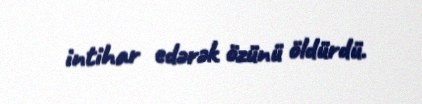
intihar edərək özünü öldürdü.